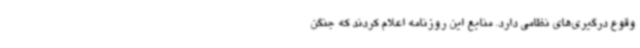
وقوع درگیری‌های نظامی دارد. منابع این روزنامه اعلام کردند که جنگن